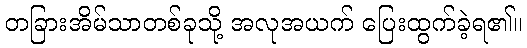
တခြားအိမ်သာတစ်ခုသို့ အလုအယက် ပြေးထွက်ခဲ့ရ၏။